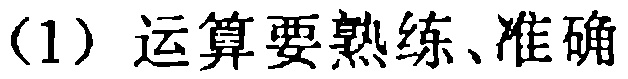
（1）运算要熟练、准确